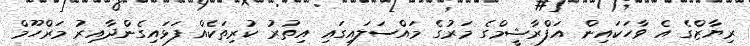
ރިޔާޒްގެ އެ ވާހަކައިން އަފްރާޝީމްގެ މަރުގެ މައްސަލައިގައި އިތުރު ކުރިތަކެއް ފަޅައިގެންދާއިރު މަރްހޫމް